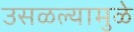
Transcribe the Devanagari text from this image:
उसळल्यामुळे